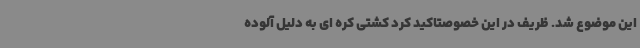
این موضوع شد. ظریف در این خصوصتاکید کرد کشتی کره ای به دلیل آلوده